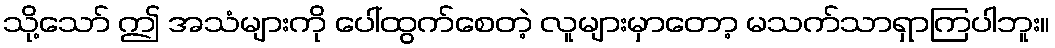
သို့သော် ဤ အသံများကို ပေါ်ထွက်စေတဲ့ လူများမှာတော့ မသက်သာရှာကြပါဘူး။